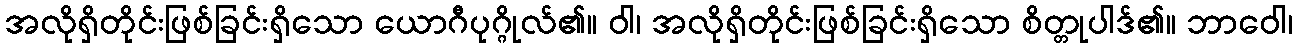
အလိုရှိတိုင်းဖြစ်ခြင်းရှိသော ယောဂီပုဂ္ဂိုလ်၏။ ဝါ၊ အလိုရှိတိုင်းဖြစ်ခြင်းရှိသော စိတ္တုပါဒ်၏။ ဘာဝေါ၊